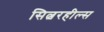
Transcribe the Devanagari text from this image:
सिल्वरहील्स